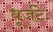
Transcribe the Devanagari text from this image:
धूर्जटेः